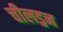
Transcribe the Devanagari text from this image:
चीलड्रन